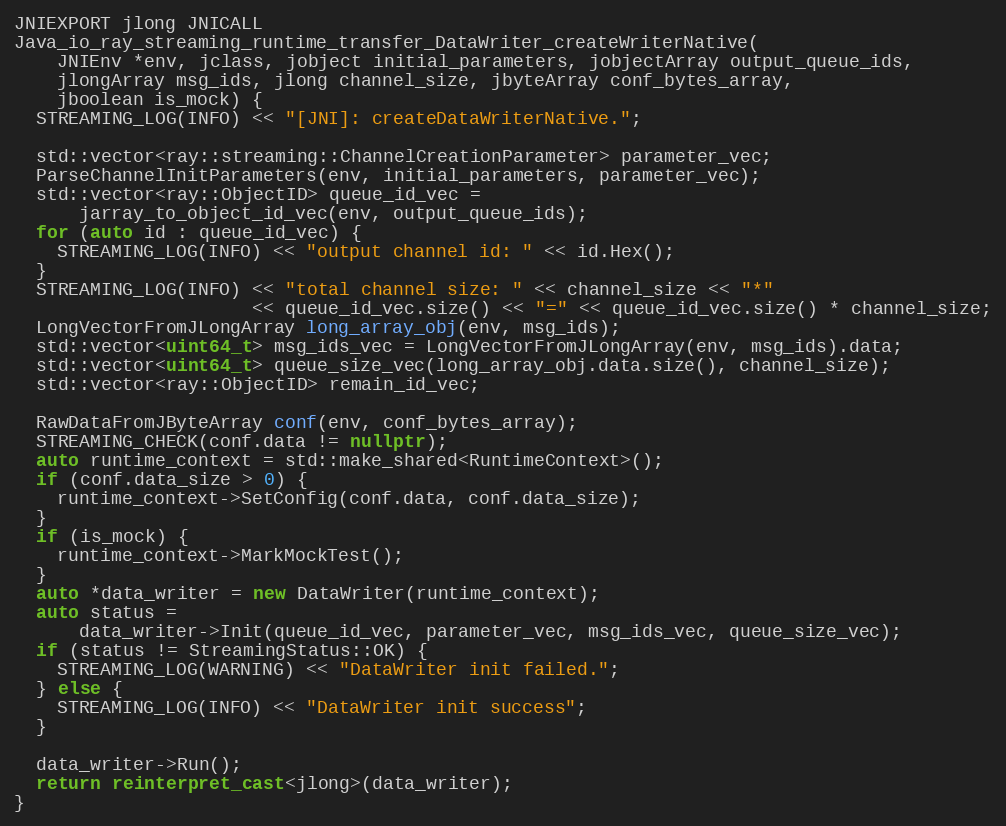
Language: C++
JNIEXPORT jlong JNICALL
Java_io_ray_streaming_runtime_transfer_DataWriter_createWriterNative(
    JNIEnv *env, jclass, jobject initial_parameters, jobjectArray output_queue_ids,
    jlongArray msg_ids, jlong channel_size, jbyteArray conf_bytes_array,
    jboolean is_mock) {
  STREAMING_LOG(INFO) << "[JNI]: createDataWriterNative.";

  std::vector<ray::streaming::ChannelCreationParameter> parameter_vec;
  ParseChannelInitParameters(env, initial_parameters, parameter_vec);
  std::vector<ray::ObjectID> queue_id_vec =
      jarray_to_object_id_vec(env, output_queue_ids);
  for (auto id : queue_id_vec) {
    STREAMING_LOG(INFO) << "output channel id: " << id.Hex();
  }
  STREAMING_LOG(INFO) << "total channel size: " << channel_size << "*"
                      << queue_id_vec.size() << "=" << queue_id_vec.size() * channel_size;
  LongVectorFromJLongArray long_array_obj(env, msg_ids);
  std::vector<uint64_t> msg_ids_vec = LongVectorFromJLongArray(env, msg_ids).data;
  std::vector<uint64_t> queue_size_vec(long_array_obj.data.size(), channel_size);
  std::vector<ray::ObjectID> remain_id_vec;

  RawDataFromJByteArray conf(env, conf_bytes_array);
  STREAMING_CHECK(conf.data != nullptr);
  auto runtime_context = std::make_shared<RuntimeContext>();
  if (conf.data_size > 0) {
    runtime_context->SetConfig(conf.data, conf.data_size);
  }
  if (is_mock) {
    runtime_context->MarkMockTest();
  }
  auto *data_writer = new DataWriter(runtime_context);
  auto status =
      data_writer->Init(queue_id_vec, parameter_vec, msg_ids_vec, queue_size_vec);
  if (status != StreamingStatus::OK) {
    STREAMING_LOG(WARNING) << "DataWriter init failed.";
  } else {
    STREAMING_LOG(INFO) << "DataWriter init success";
  }

  data_writer->Run();
  return reinterpret_cast<jlong>(data_writer);
}